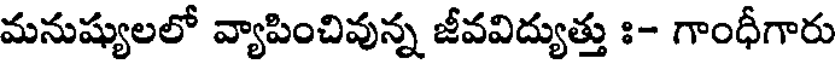
మనుష్యులలో వ్యాపించివున్న జీవవిద్యుత్తు ః- గాంధీగారు